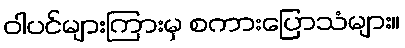
ဝါပင်များကြားမှ စကားပြောသံများ။